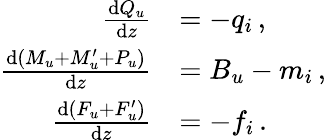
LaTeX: \begin{array}{rl}{\frac{\textnormal{d}Q_{u}}{\textnormal{d}z}}&{=-q_{i}\, ,}\\ {\frac{\textnormal{d}(M_{u}+M_{u}^{\prime}+P_{u})}{\textnormal{d}z}}&{=B_{u}-m_{i}\, ,}\\ {\frac{\textnormal{d}(F_{u}+F_{u}^{\prime})}{\textnormal{d}z}}&{=-f_{i}\, .}\end{array}